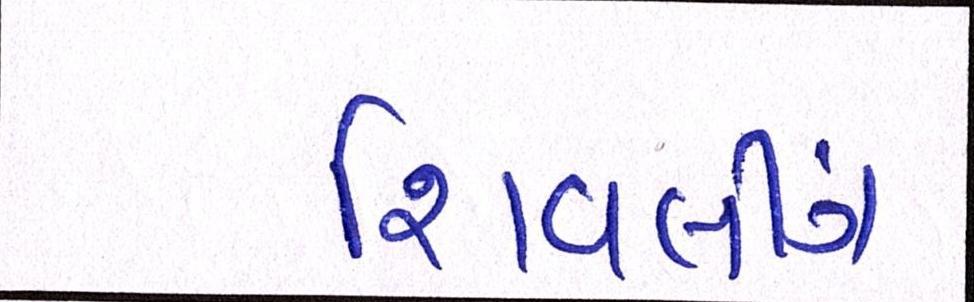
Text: શિવલીંગ